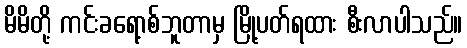
မိမိတို့ ကင်းခရော့စ်ဘူတာမှ မြို့ပတ်ရထား စီးလာပါသည်။